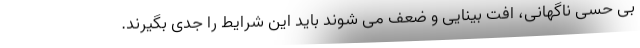
بی حسی ناگهانی، افت بینایی و ضعف می شوند باید این شرایط را جدی بگیرند.